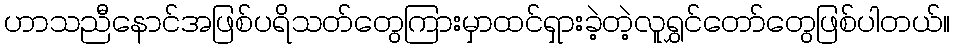
ဟာသညီနောင်အဖြစ်ပရိသတ်တွေကြားမှာထင်ရှားခဲ့တဲ့လူရွှင်တော်တွေဖြစ်ပါတယ်။